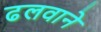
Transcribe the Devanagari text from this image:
ढलवाने